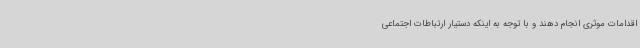
اقدامات موثری انجام دهند و با توجه به اینکه دستیار ارتباطات اجتماعی